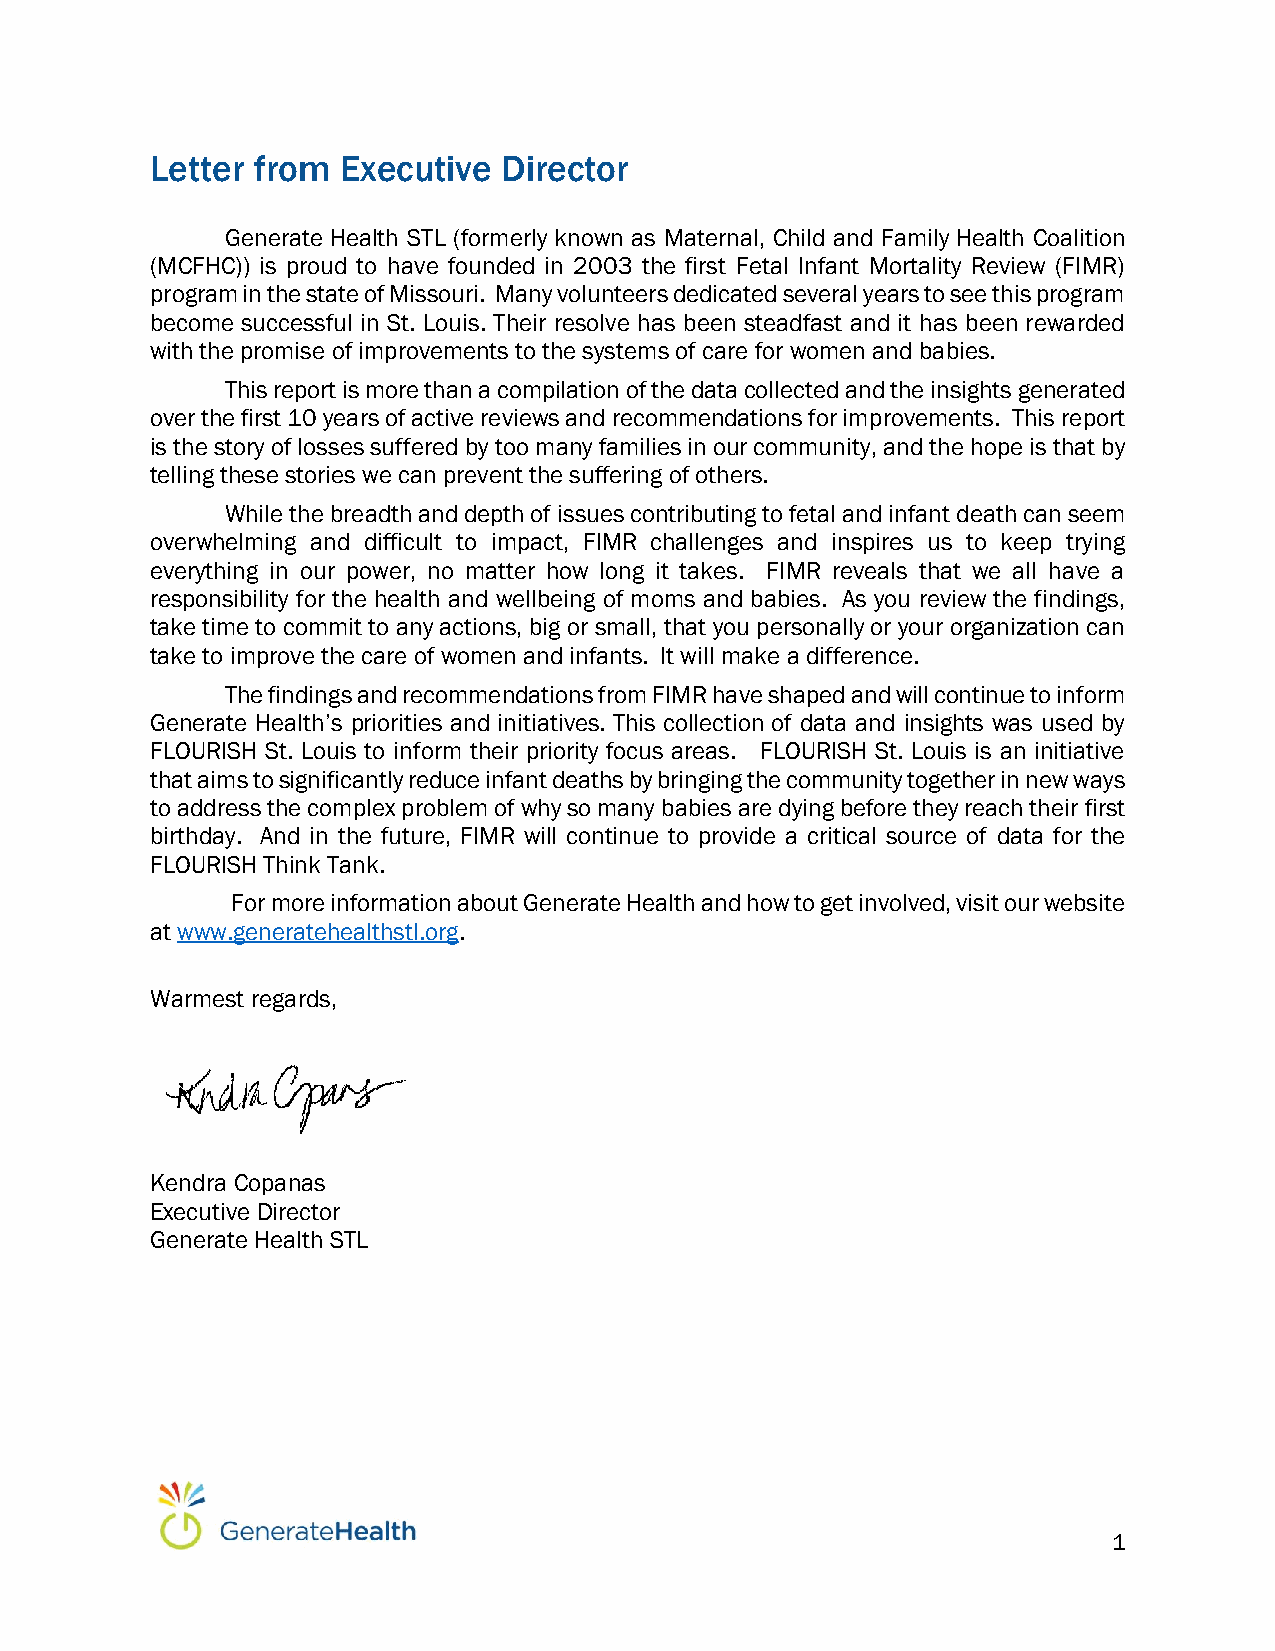
Letter from  Executive Director
 Generate Health STL (formerly known as Maternal, Child and Family Health Coalition
 (MCFHC)) is proud to have founded in 2003 the first Fetal Infant Mortality Review (FIMR)
 program in the state of Missouri. Many volunteers dedicated several years to see this program
 become successful in St. Louis. Their resolve has been steadfast and it has been rewarded
 with the promise of improvements to the systems of care for women and babies.
 This report is more than a compilation of the data collected and the insights generated
 over the first 10 years of active reviews and recommendations for improvements. This report
 is the story of losses suffered by too many families in our community, and the hope is that by
 telling these stories we can prevent the suffering of others.
 While the breadth and depth of issues contributing to fetal and infant death can seem
 overwhelming and difficult to impact, FIMR challenges and inspires us to keep trying
 everything in our power, no matter how long it takes. FIMR reveals that we all have a
 responsibility for the health and wellbeing of moms and babies. As you review the findings,
 take time to commit to any actions, big or small, that you personally or your organization can
 take to improve the care of women and infants. It will make a difference.
 The findings and recommendations from FIMR have shaped and will continue to inform
 Generate Health’s priorities and initiatives. This collection of data and insights was used by
 FLOURISH St. Louis to inform their priority focus areas. FLOURISH St. Louis is an initiative
 that aims to significantly reduce infant deaths by bringing the community together in new ways
 to address the complex problem of why so many babies are dying before they reach their first
 birthday. And in the future, FIMR will continue to provide a critical source of data for the
 FLOURISH Think Tank.
 For more information about Generate Health and how to get involved, visit our website
 at www.generatehealthstl.org.
 Warmest regards,
 Kendra Copanas
 Executive Director
 Generate Health STL
 1